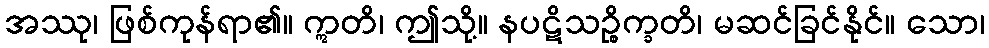
အဿု၊ ဖြစ်ကုန်ရာ၏။ ဣတိ၊ ဤသို့။ နပဋိသဉ္စိက္ခတိ၊ မဆင်ခြင်နိုင်။ သော၊